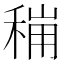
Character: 𮃋